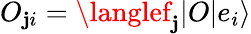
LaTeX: O_{\mathbf{j}i}=\langlef_{\mathbf{j}}|O|e_{i}\rangle